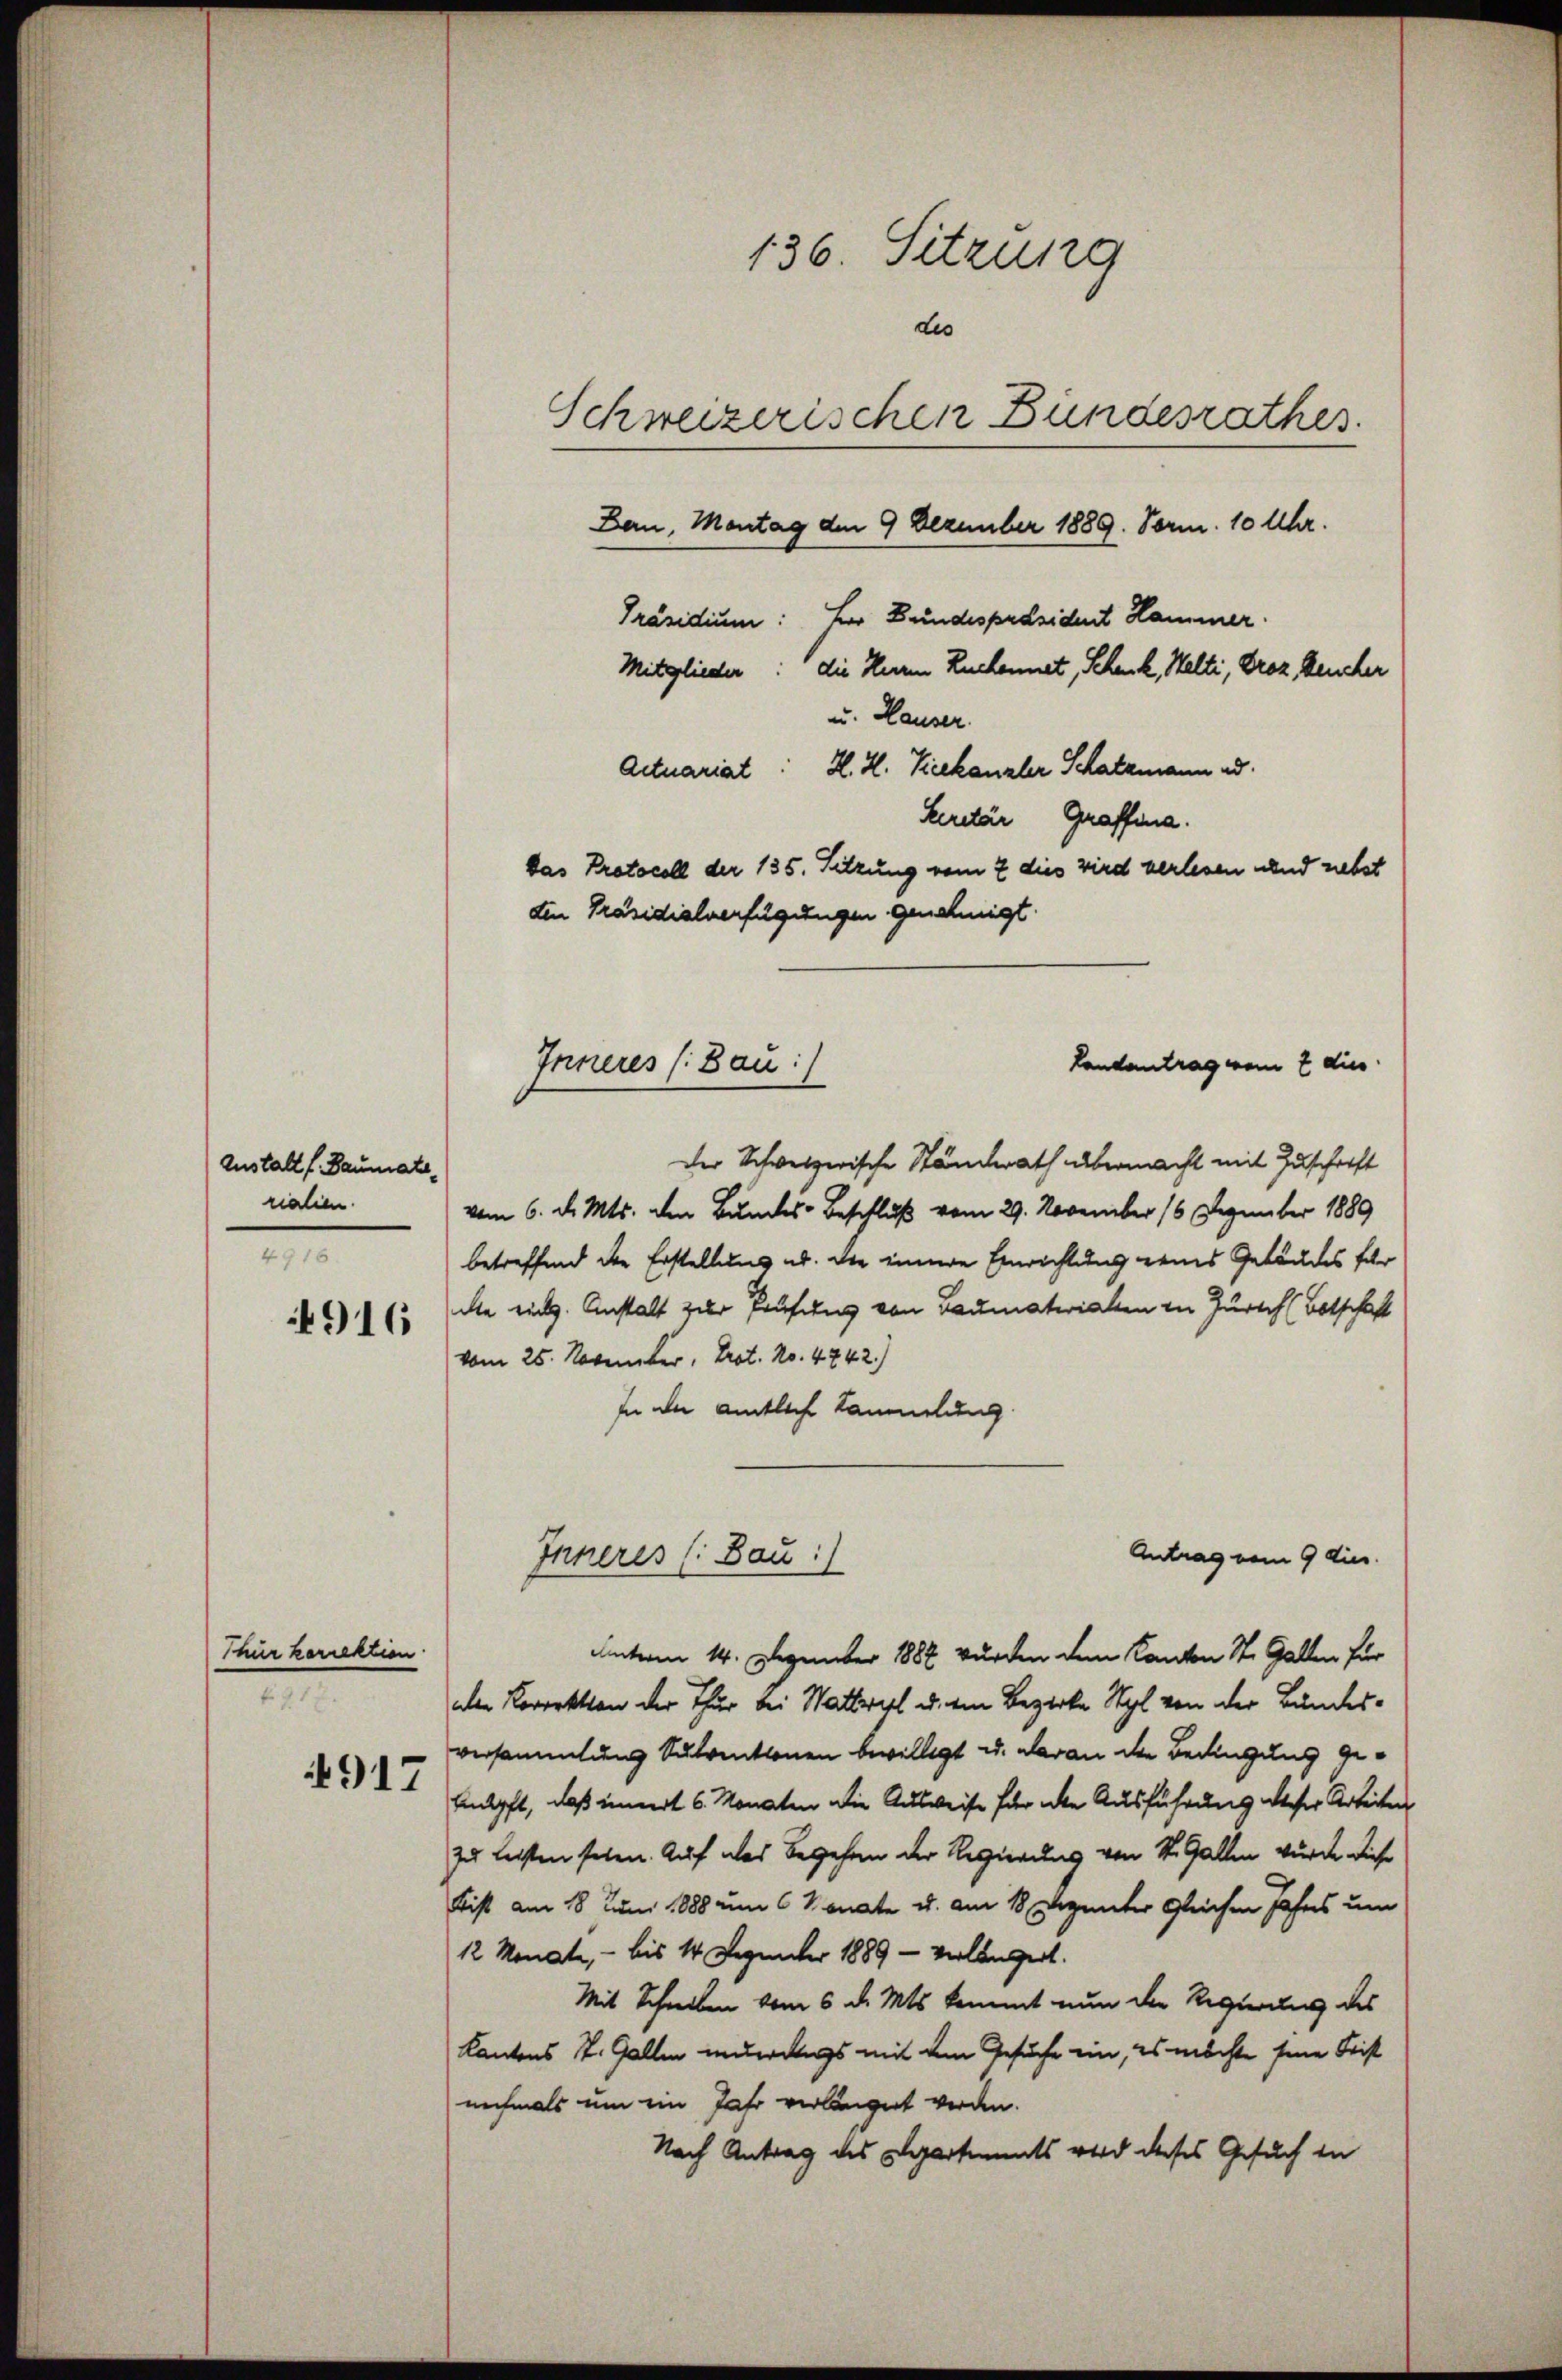
Anstalt f. Baumatsrialien.
4916.

4916

Thür korrektion.
17

4917

136. Sitzung
des
Schweizerischen Bundesrathes.
Bau, Montag den 9 Dezember 1889. Vorm. 10 Uhr.
Präsidium: Für Bundespräsident Hammer.
Mitglieder: die Herren Zuckennet, Schenk, Welti, Droz. Heucher
u. Hauser.
Actuariat: H. H. Vicekanzler Schatzmann ad
Leretär, Graffina.
das Protocoll der 135. Setzung vom 7 dies wird verlesen und riebst
den Präsidialverfügungen genehmigt.

Landantrag vom 7 dies
Inneres (Bau:/

der Schweizerische Ständerath übermacht mit Zuschrift
vom 6. d. Mts. den Bundes-Beschluß vom 29. November 16 Dezember 1889
betreffend der Erstellung ab. Die inne Einrichtung des Gebäudes für
de ein. Anstalt zur Prüfung von Baumaterialen in Zürich (Botschaft
vom 25. November, Prot. No. 4742.)
In der amtliche Kammelung
Antrag vom 9 dies
Unterm 14. Dezember 1882 wurden dem Kanton St. Gallen für
aden Korrektion der Thur bei Wattwyl u. ein Bezirke Styl von der Bundesversammlung Subventionen bewilligt u. daran der Bedingung geknüpft, daß innert 6 Monaten die Ausweise fernte Ausführung dieser Arbeiten
zu leisten seien. Auf das Begehen der Regierung von St. Gallen wurde diese
Bist am 18. Juni 1888 um 6 Monate u. am 18. Dezenter gleichen Jahres um
12 Monate, - bis 14 Dezember 1889 - verlängert.
Mit Schreiben vom 6. d. Mts. kommt nun der Regierung des
Kantons St. Gallen anderungs mit dem Gesuche ein, es möchte seine Frist
nochmals um ein Jahr verleget werden.
Nach Antrag des Departements wird dieses Gesuch in

Inneres (Bau:)